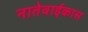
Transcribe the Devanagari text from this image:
नातेवाईकास